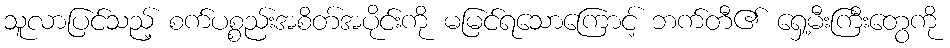
သူလာပြင်သည့် စက်ပစ္စည်းအစိတ်အပိုင်းကို မမြင်ရသောကြောင့် ဘက်တီ၏ ရှေ့မီးကြီးတွေကို